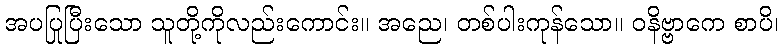
အပပြုပြီးသော သူတို့ကိုလည်းကောင်း။ အညေ၊ တစ်ပါးကုန်သော။ ဝနိဗ္ဗာကေ စာပိ၊